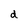
Character: d